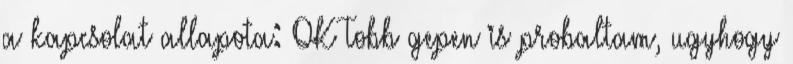
a kapcsolat allapota: OK Tobb gepen is probaltam, ugyhogy